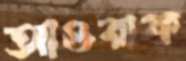
আওরাক